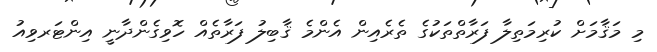
މި މަޤާމަށް ކުރިމަތިލާ ފަރާތްތަކުގެ ތެރެއިން އެންމެ ޤާބިލު ފަރާތެއް ހޮވިގެންދާނީ އިންޓަރވިއު